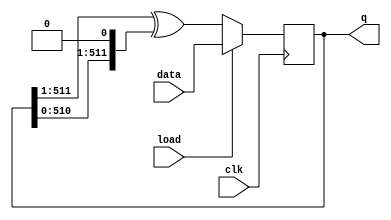
module top_module(
    input clk,
    input load,
    input [511:0] data,
    output [511:0] q ); 

    wire [511:0] left,right;
    assign left = {1'b0,q[511:1]};
    assign right = {q[510:0],1'b0};
    
    always @(posedge clk) begin
        q <= (load) ? data : left^right;
    end
endmodule